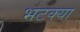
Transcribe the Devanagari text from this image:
भटक्‍या